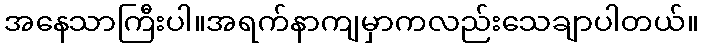
အနေသာကြီးပါ။အရက်နာကျမှာကလည်းသေချာပါတယ်။